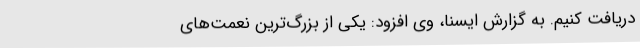
دریافت کنیم. به گزارش ایسنا، وی افزود: یکی از بزرگ‌ترین نعمت‌های